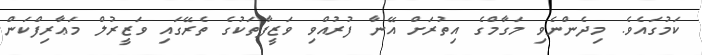
ކަމުގައެވެ. މިދެންނެވި މަގާމްގެ އިތުރަށް އޭނާ ފުރުއްވި ވަޒީފާތަކުގެ ތެރޭގައި ވަޒީރުލް މަޢާރިފްކަން